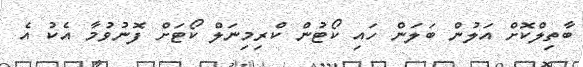
ބާތިލްކޮށް އަލުން ބަލަން ހައި ކޯޓުން ކްރިމިނަލް ކޯޓަށް ފޮނުވުމާ އެކު އެ